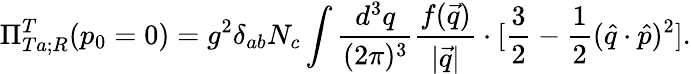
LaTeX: \Pi_{Ta;R}^{T}(p_{0}=0)=g^{2}\delta_{ab}N_{c}\int\frac{d^{3}q}{(2\pi)^{3}}\frac{f(\vec{q})}{|\vec{q}|}\cdot[\frac{3}{2}-\frac{1}{2}(\hat{q}\cdot\hat{p})^{2}].